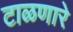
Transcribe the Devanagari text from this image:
टाळणारे